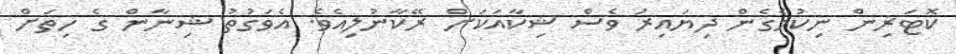
ކޮޓަރިން ނިކުމެގެން ދިޔައިރު ވެސް ޝިކާއަކަށް ރޭކާނުލިއެވެ. އެވަގުތު ޝިނާން ގެ ހިތަށް